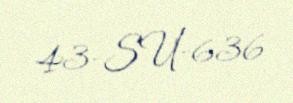
43-SU-636